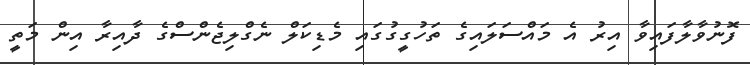
ފޮނުވާލާފައިވާ އިރު އެ މައްސަލައިގެ ތަހުގީގުގައި މެޑިކަލް ނެގްލިޖެންސްގެ ދާއިރާ އިން މަތީ